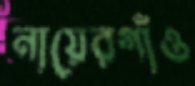
নায়েরগাঁও